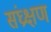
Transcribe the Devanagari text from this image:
संघ्रक्षण